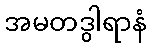
အမတဒွါရာနံ